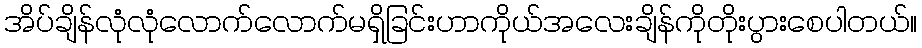
အိပ်ချိန်လုံလုံလောက်လောက်မရှိခြင်းဟာကိုယ်အလေးချိန်ကိုတိုးပွားစေပါတယ်။